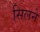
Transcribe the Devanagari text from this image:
सिलने